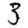
Digit: 3